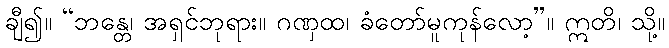
ချီ၍။ “ဘန္တေ၊ အရှင်ဘုရား။ ဂဏှထ၊ ခံတော်မူကုန်လော့”။ ဣတိ၊ သို့။